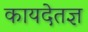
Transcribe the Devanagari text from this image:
कायदेतज्ञ